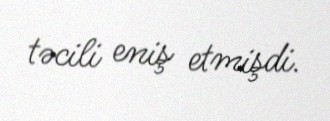
təcili eniş etmişdi.